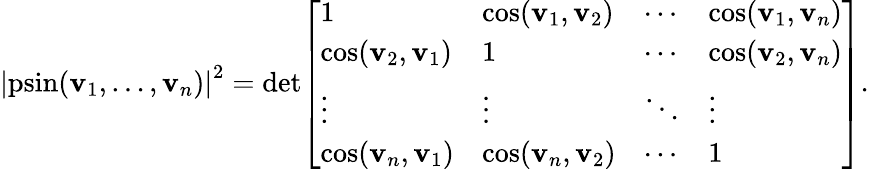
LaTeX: \left|\operatorname{psin}(\mathbf{v}_{1},\ldots,\mathbf{v}_{n})\right|^{2}=\operatorname*{det}\! \left[{\begin{array}{llll}{1}&{\cos(\mathbf{v}_{1},\mathbf{v}_{2})}&{\cdots}&{\cos(\mathbf{v}_{1},\mathbf{v}_{n})}\\ {\cos(\mathbf{v}_{2},\mathbf{v}_{1})}&{1}&{\cdots}&{\cos(\mathbf{v}_{2},\mathbf{v}_{n})}\\ {\vdots}&{\vdots}&{\ddots}&{\vdots}\\ {\cos(\mathbf{v}_{n},\mathbf{v}_{1})}&{\cos(\mathbf{v}_{n},\mathbf{v}_{2})}&{\cdots}&{1}\end{array}}\right].